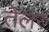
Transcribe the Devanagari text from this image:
तेलर